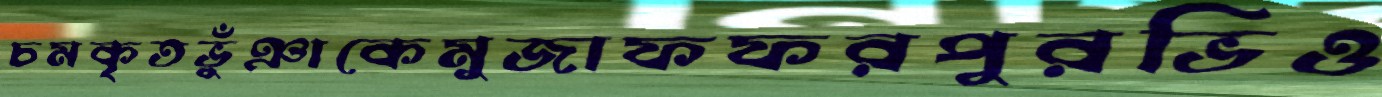
চমকৃতভুঁঞাকেমুজাফফরপুরভিও